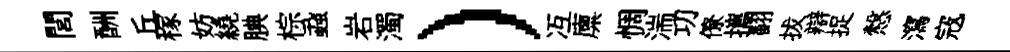
閭酬丘稼妨繞腆棕蝨岩濁）冱廪惆湍㓛僚攜翻拔辯捉慤瀉𡨥